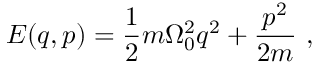
E ( q , p ) = \frac { 1 } { 2 } m \Omega _ { 0 } ^ { 2 } q ^ { 2 } + \frac { p ^ { 2 } } { 2 m } \mathrm { ~ , ~ }